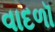
વાદળૉ